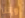
وإننا